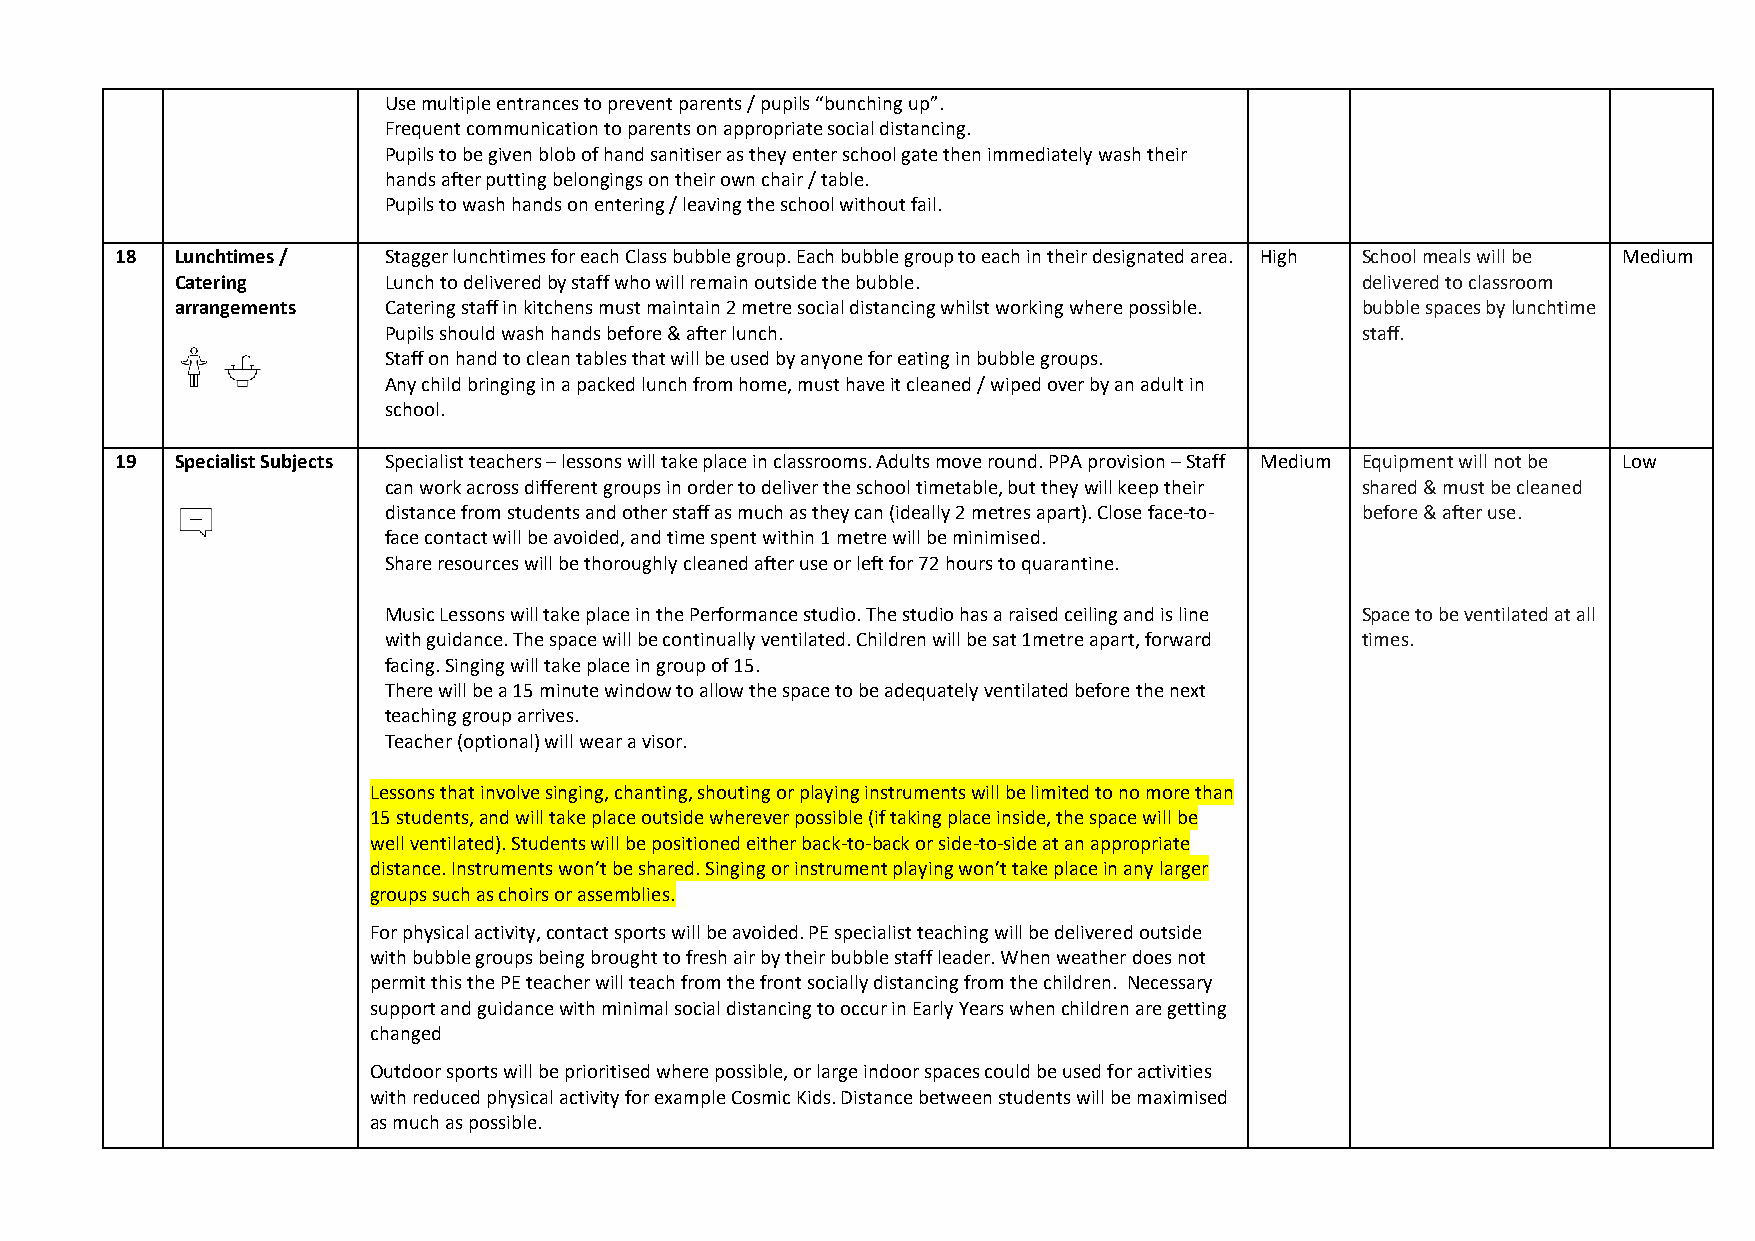
Use multiple entrances to prevent parents / pupils “bunching up”.
 Frequent communication to parents on appropriate social distancing.
 Pupils to be given blob of hand sanitiser as they enter school gate then immediately wash their
 hands after putting belongings on their own chair / table.
 Pupils to wash hands on entering / leaving the school without fail.
 18  Lunchtimes / Stagger lunchtimes for each Class bubble group. Each bubble group to each in their designated area. High School meals will be Medium
 Catering     Lunch to delivered by staff who will remain outside the bubble.  delivered to classroom
 arrangements Catering staff in kitchens must maintain 2 metre social distancing whilst working where possible. bubble spaces by lunchtime
 Pupils should wash hands before & after lunch.                   staff.
 Staff on hand to clean tables that will be used by anyone for eating in bubble groups.
 Any child bringing in a packed lunch from home, must have it cleaned / wiped over by an adult in
 school.
 19  Specialist Subjects Specialist teachers – lessons will take place in classrooms. Adults move round. PPA provision – Staff Medium Equipment will not be Low
 can work across different groups in order to deliver the school timetable, but they will keep their shared & must be cleaned
 distance from students and other staff as much as they can (ideally 2 metres apart). Close face-to- before & after use.
 face contact will be avoided, and time spent within 1 metre will be minimised.
 Share resources will be thoroughly cleaned after use or left for 72 hours to quarantine.
 Music Lessons will take place in the Performance studio. The studio has a raised ceiling and is line Space to be ventilated at all
 with guidance. The space will be continually ventilated. Children will be sat 1metre apart, forward times.
 facing. Singing will take place in group of 15.
 There will be a 15 minute window to allow the space to be adequately ventilated before the next
 teaching group arrives.
 Teacher (optional) will wear a visor.
 Lessons that involve singing, chanting, shouting or playing instruments will be limited to no more than
 15 students, and will take place outside wherever possible (if taking place inside, the space will be
 well ventilated). Students will be positioned either back-to-back or side-to-side at an appropriate
 distance. Instruments won’t be shared. Singing or instrument playing won’t take place in any larger
 groups such as choirs or assemblies.
 For physical activity, contact sports will be avoided. PE specialist teaching will be delivered outside
 with bubble groups being brought to fresh air by their bubble staff leader. When weather does not
 permit this the PE teacher will teach from the front socially distancing from the children. Necessary
 support and guidance with minimal social distancing to occur in Early Years when children are getting
 changed
 Outdoor sports will be prioritised where possible, or large indoor spaces could be used for activities
 with reduced physical activity for example Cosmic Kids. Distance between students will be maximised
 as much as possible.